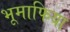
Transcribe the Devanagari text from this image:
भूमाफिया